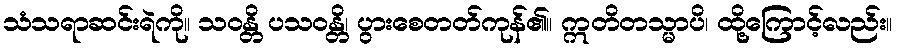
သံသရာဆင်းရဲကို။ သဝန္တိ ပသဝန္တိ၊ ပွားစေတတ်ကုန်၏။ ဣတိတသ္မာပိ၊ ထို့ကြောင့်လည်း။